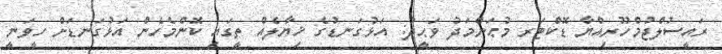
ރައީސުލްޖުމްހޫރިއްޔާ ޑޮކްޓަރ މުޙަންމަދު ވަޙީދު: އަޅުގަނޑުގެ ޚިޔާލެއް ތީގައި ކޮންމެހެން އަޅުގަނޑަށް ހީވަނީ